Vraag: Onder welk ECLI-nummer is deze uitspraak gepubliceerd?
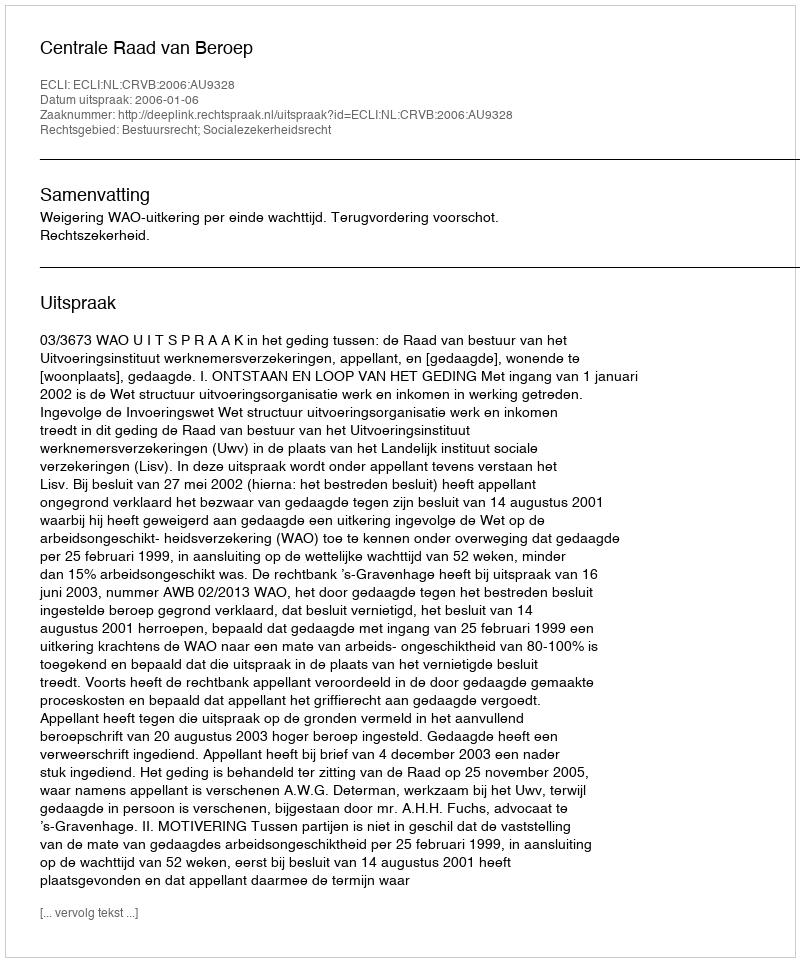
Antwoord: ECLI:NL:CRVB:2006:AU9328